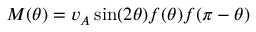
M ( \theta ) = v _ { A } \sin ( 2 \theta ) f ( \theta ) f ( \pi - \theta )